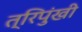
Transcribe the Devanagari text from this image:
त्रिपुंखी